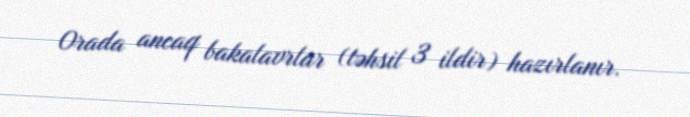
Orada ancaq bakalavrlar (təhsil 3 ildir) hazırlanır.